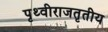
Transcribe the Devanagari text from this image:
पृथ्वीराजतृतीय